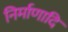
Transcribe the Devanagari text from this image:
निर्माणादि